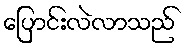
ပြောင်းလဲလာသည်